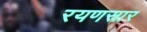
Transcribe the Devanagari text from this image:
रयणसार